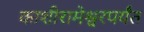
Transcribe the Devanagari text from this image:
काशीरामेश्वरपर्यंत